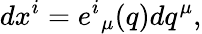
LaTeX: dx^{i}=e^{i}{}_{\mu}(q)dq^{\mu},